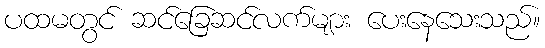
ပထမတွင် ဆင်ခြေဆင်လက်များ ပေးနေသေးသည်။